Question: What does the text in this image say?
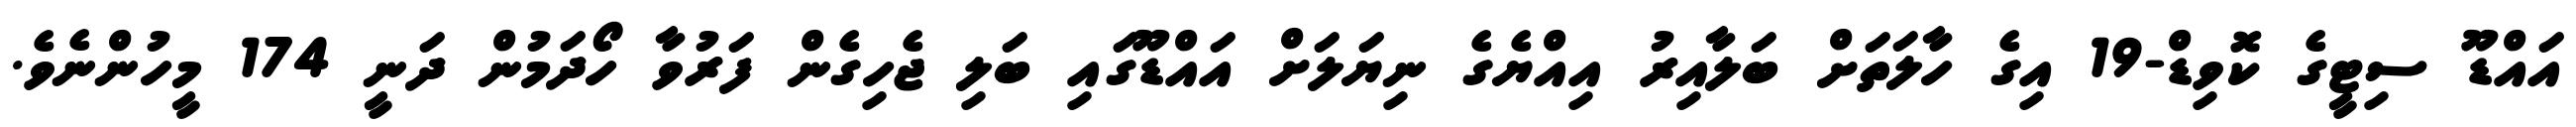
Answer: އައްޑޫ ސިޓީގެ ކޮވިޑް-19 އިގެ ހާލަތަށް ބަލާއިރު އިއްޔެގެ ނިޔަލަށް އައްޑޫގައި ބަލި ޖެހިގެން ފަރުވާ ހޯދަމުން ދަނީ 174 މީހުންނެވެ.